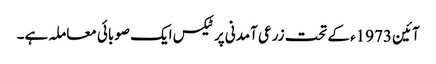
آئین 1973ء کے تحت زرعی آمدنی پر ٹیکس ایک صوبائی معاملہ ہے۔